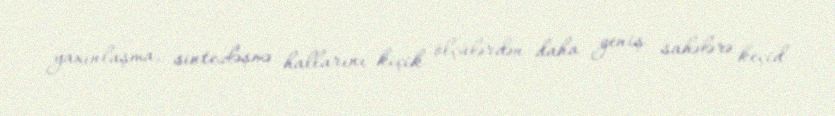
yaxınlaşma, sintezləşmə hallarını kiçik ölçülərdən daha geniş sahələrə keçid